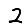
Digit: 2